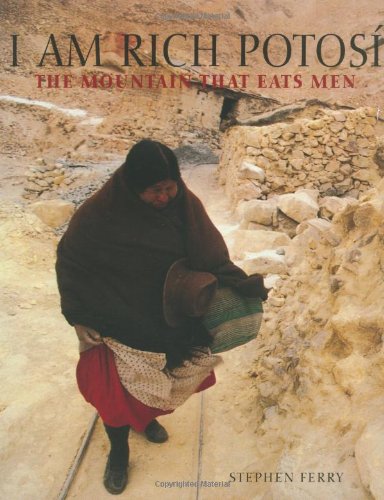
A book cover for I Am Rich Potosi: The Mountain That Eats Men; Stephen Ferry; Travel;